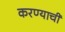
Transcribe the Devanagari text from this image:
करण्याचीं